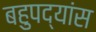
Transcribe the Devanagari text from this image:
बहुपद्यांस